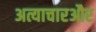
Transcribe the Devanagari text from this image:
अत्याचारऔर